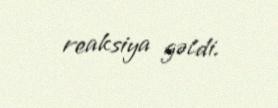
reaksiya gəldi.